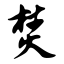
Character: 焚